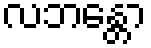
လဘန္တော